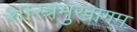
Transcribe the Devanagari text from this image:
शास्त्रमुखागम